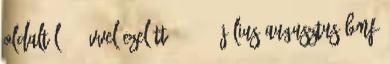
oldaltól: 2 évvel ezelőtt 5 2006. július augusztus BMF